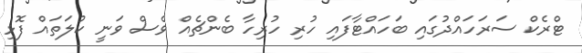
ޓްރެކް ސަރަހައްދުގައި ބަހައްޓާފައި ހުރި ހުރިހާ ބެންޗެއް ވެސް ވަނީ ކުލަތައް ފޮޅި